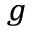
_ g